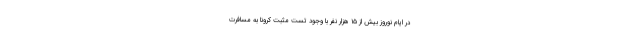
در ایام نوروز بیش از ۱۵ هزار نفر با وجود تست مثبت کرونا به مسافرت